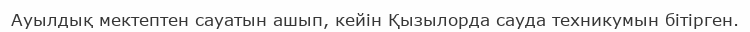
Ауылдық мектептен сауатын ашып, кейін Қызылорда сауда техникумын бітірген.